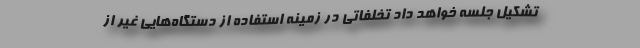
تشکیل جلسه خواهد داد تخلفاتی در زمینه استفاده از دستگاه‌هایی غیر از